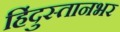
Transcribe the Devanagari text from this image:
हिंदुस्तानभर